Malaria in India - Number 2
Disease focus: Malaria
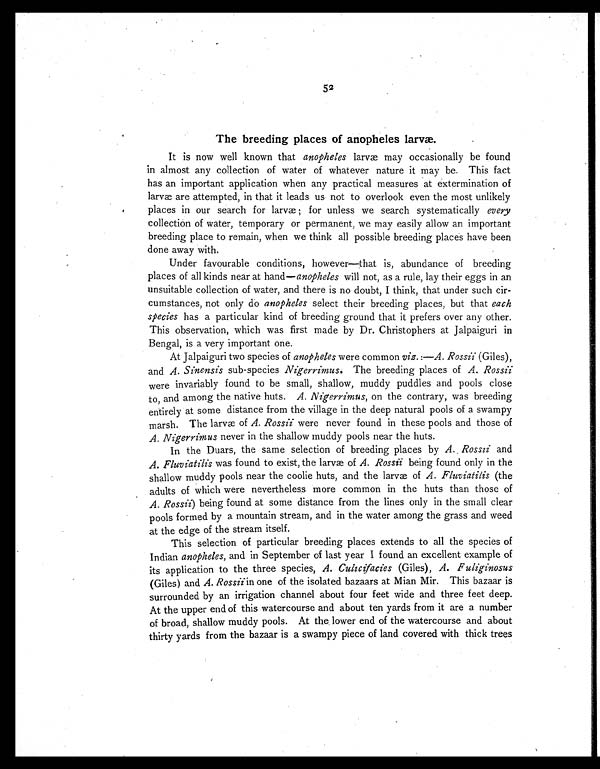
52
The breeding places of anopheles larvæ.
It is now well known that anopheles larvæ may occasionally be found
in almost any collection of water of whatever nature it may be. This fact
has an important application when any practical measures at extermination of
larvæ are attempted, in that it leads us not to overlook even the most unlikely
places in our search for larvæ ; for unless we search systematically every
collection of water, temporary or permanent, we may easily allow an important
breeding place to remain, when we think all possible breeding places have been
done away with.
Under favourable conditions, however—that is, abundance of breeding
places of all kinds near at hand— anopheles will not, as a rule, lay their eggs in an
unsuitable collection of water, and there is no doubt, I think, that under such cir-
cumstances, not only do anopheles select their breeding places, but that each
species has a particular kind of breeding ground that it prefers over any other.
This observation, which was first made by Dr. Christophers at Jalpaiguri in
Bengal, is a very important one.
At Jalpaiguri two species of anopheles were common viz.:—A. Rossii (Giles),
and A. Sinensis sub-species Nigerrimus . The breeding places of A. Rossii
were invariably found to be small, shallow, muddy puddles and pools close
to, and among the native huts. A. Nigerrimus, on the contrary, was breeding
entirely at some distance from the village in the deep natural pools of a swampy
marsh. The larvæ of A. Rossii were never found in these pools and those of
A. Nigerrimus never in the shallow muddy pools near the huts.
In the Duars, the same selection of breeding places by A. Rossii and
A. Fluviatilis was found to exist, the larvæ of A. Rossii being found only in the
shallow muddy pools near the coolie huts, and the larvæ of A. Fluviatilis (the
adults of which were nevertheless more common in the huts than those of
A. Rossii ) being found at some distance from the lines only in the small clear
pools formed by a mountain stream, and in the water among the grass and weed
at the edge of the stream itself.
This selection of particular breeding places extends to all the species of
Indian anopheles , and in September of last year I found an excellent example of
its application to the three species, A. Culicifacies (Giles), A. Fuliginosus
(Giles) and A. Rossii in one of the isolated bazaars at Mian Mir. This bazaar is
surrounded by an irrigation channel about four feet wide and three feet deep.
At the upper end of this watercourse and about ten yards from it are a number
of broad, shallow muddy pools. At the lower end of the watercourse and about
thirty yards from the bazaar is a swampy piece of land covered with thick trees